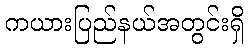
ကယားပြည်နယ်အတွင်းရှိ